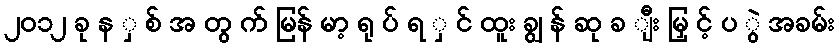
၂၀၁၂ ခု န ှ စ် အ တွ က် မြန် မာ့ ရု ပ် ရ ှ င် ထူး ချွ န် ဆု ခ ျီး မြှ င့် ပ ွဲ အခမ်း